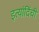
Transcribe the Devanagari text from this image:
इत्यांदिंची